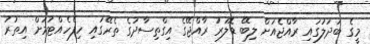
މީގެ ބަދަލުގައި ރާއްޖެއަށް ލިބޭ ޑޮލަރު ރާއްޖޭގެ އިގްތިސާދުގެ ތެރޭގައި ހިފެހެއްޓުމަށް އިތުރު